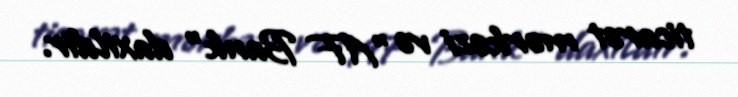
ticarət mərkəzi və "AF Bank" daxildir.